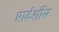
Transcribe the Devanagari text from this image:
प्रादेशीय